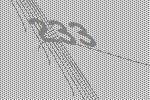
233